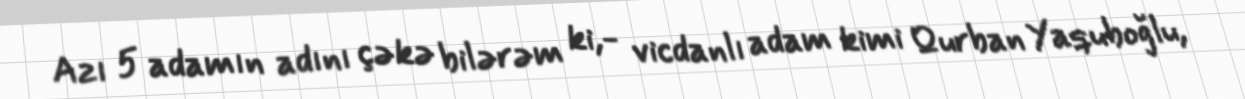
Azı 5 adamın adını çəkə bilərəm ki,- vicdanlı adam kimi Qurban Yaquboğlu,